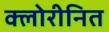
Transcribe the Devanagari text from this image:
क्लोरीनित